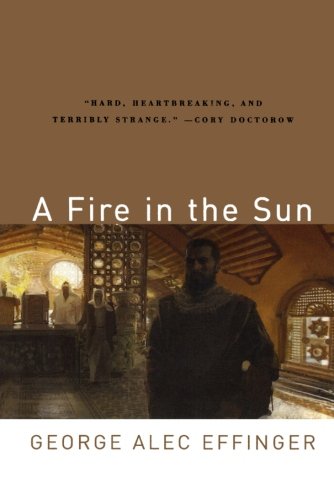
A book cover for A Fire in the Sun; George Alec Effinger; Science Fiction & Fantasy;